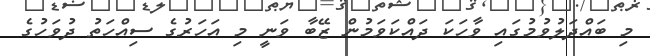
މި ބައްދަލުވުމުގައި ވާހަކަ ދައްކަވަމުން ޒޭބާ ވަނީ މި އަހަރުގެ ސިއްހަތު ދުވަހުގެ